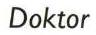
Doktor